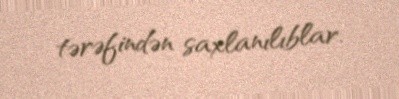
tərəfindən saxlanılıblar.